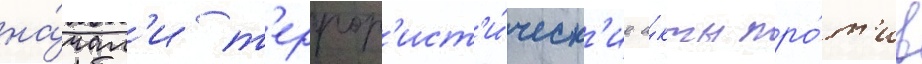
на́чал'и т'еррор'ист'и́ческ'ие а́кты про́т'ив